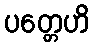
ပတ္တေဟိ